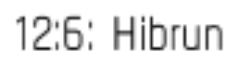
12:6: Hibrun